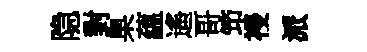
隐對臬藴遙哥笻祲派